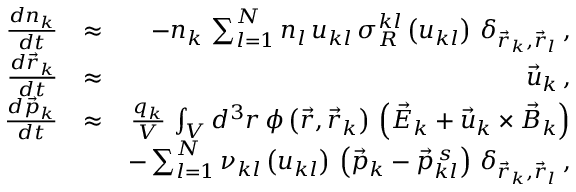
\begin{array} { r l r } { \frac { d n _ { k } } { d t } } & { \approx } & { - n _ { k } \, \sum _ { l = 1 } ^ { N } n _ { l } \, u _ { k l } \, \sigma _ { R } ^ { k l } \left( u _ { k l } \right) \, \delta _ { \vec { r } _ { k } , \vec { r } _ { l } } \, , } \\ { \frac { d \vec { r } _ { k } } { d t } } & { \approx } & { \vec { u } _ { k } \, , } \\ { \frac { d \vec { p } _ { k } } { d t } } & { \approx } & { \frac { q _ { k } } { V } \, \int _ { V } d ^ { 3 } r \, \phi \left( \vec { r } , \vec { r } _ { k } \right) \, \left( \vec { E } _ { k } + \vec { u } _ { k } \times \vec { B } _ { k } \right) } \\ & { } & { - \sum _ { l = 1 } ^ { N } \nu _ { k l } \left( u _ { k l } \right) \, \left( \vec { p } _ { k } - \vec { p } _ { k l } ^ { \, s } \right) \, \delta _ { \vec { r } _ { k } , \vec { r } _ { l } } \, , } \end{array}